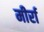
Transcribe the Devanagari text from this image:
मीर्रा